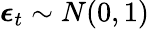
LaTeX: \boldsymbol{\epsilon}_{t}\sim N(0,1)